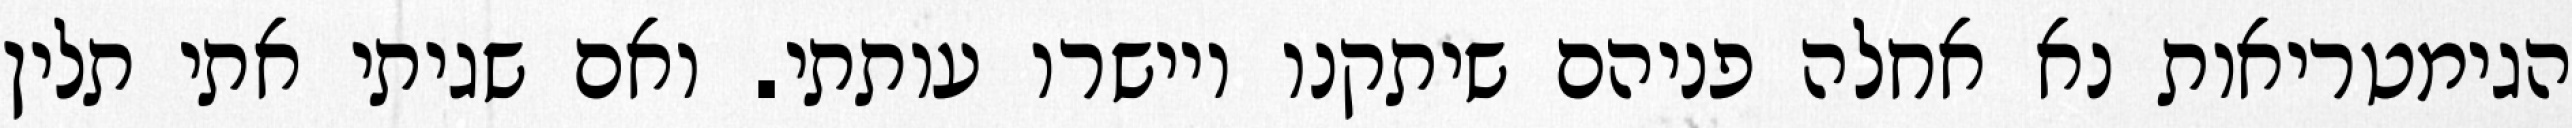
הגימטריאות נא אחלה פניהם שיתקנו ויישרו עותתי. ואם שגיתי אתי תלין